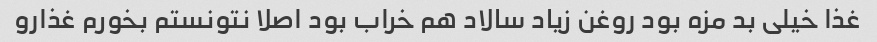
غذا خیلی بد مزه بود روغن زیاد سالاد هم خراب بود اصلا نتونستم بخورم غذارو